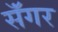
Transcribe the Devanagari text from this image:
सॅंगर